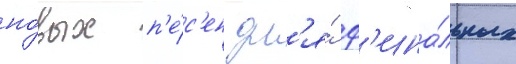
но́вых п'е́с'ен дл'я́ ф'ина́льных